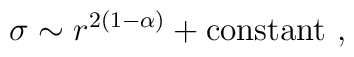
\sigma \sim r^{2(1-\alpha)}+{\rm constant}~,